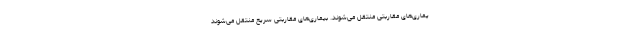
یماری‌های مقاربتی منتقل می‌شوند. بیماری‌های مقاربتی سریع منتقل می‌شوند